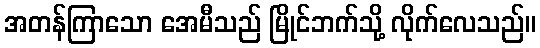
အတန်ကြာသော အေမီသည် မြိုင်ဘက်သို့ လိုက်လေသည်။